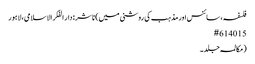
فلسفہ، سائنس اور مذہب کی روشنی میں) ناشر : دار الفکر الاسلامی، لاہور
15 #6140
(مکالمہ جلد۔